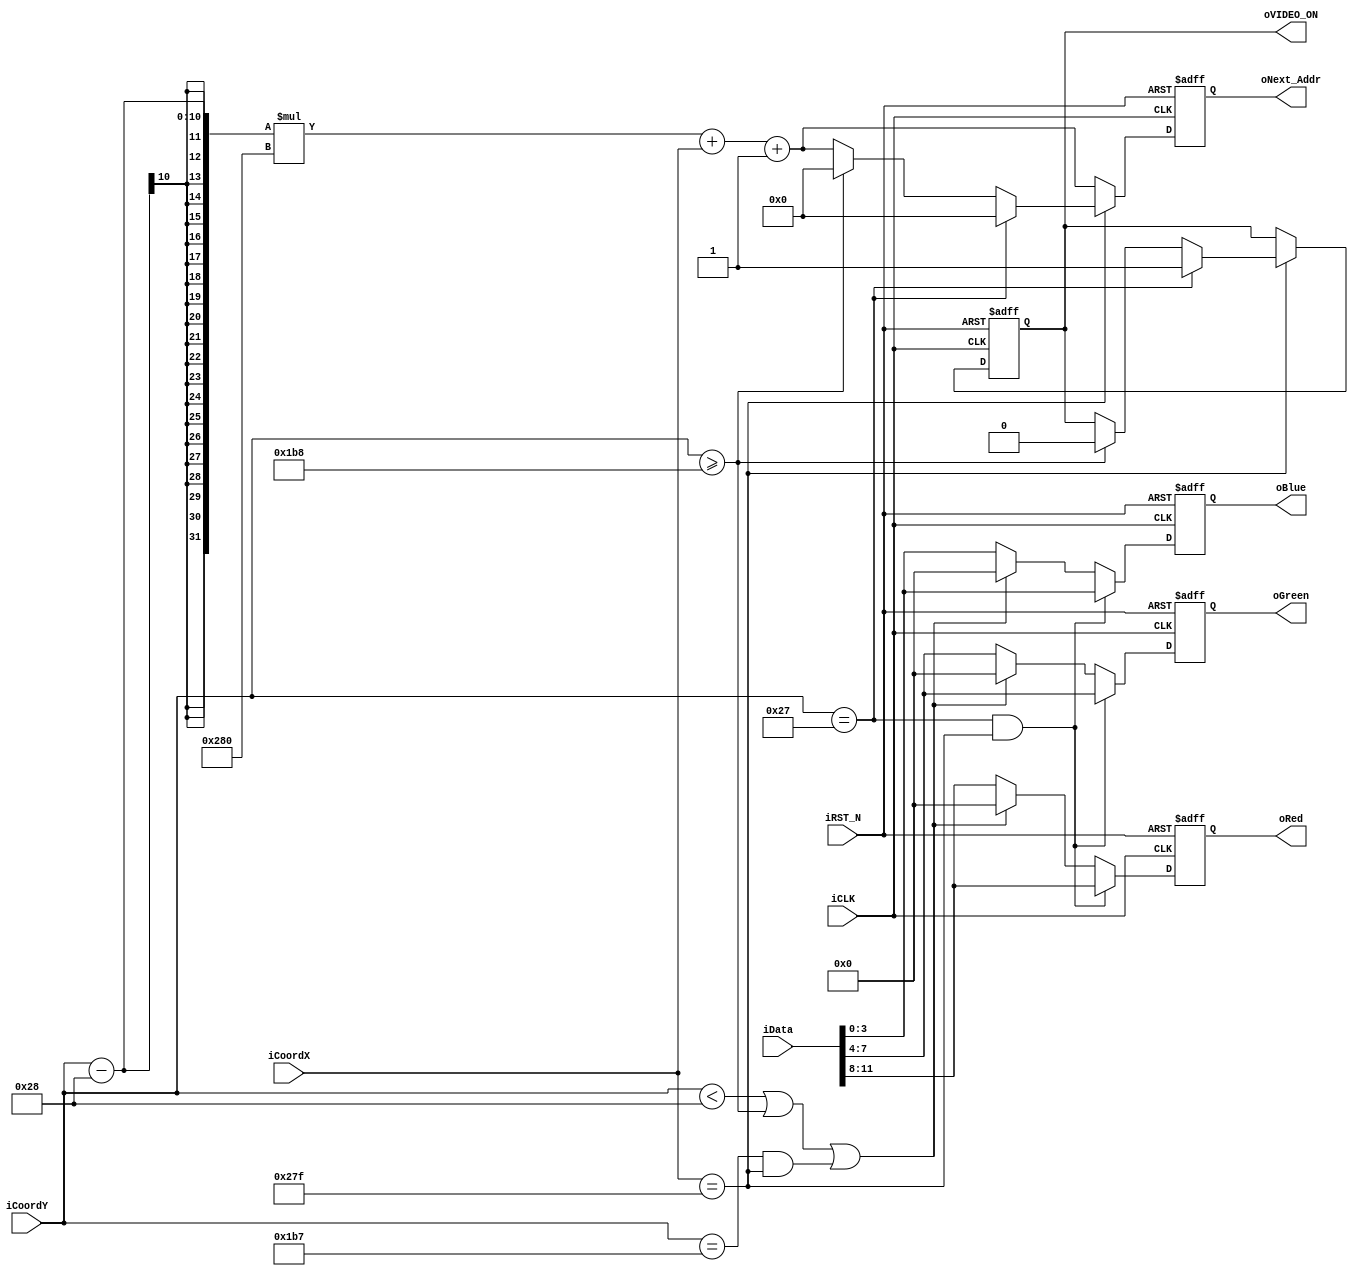
module PixelGen(
	iData,
	iCoordX,
	iCoordY,
	oNext_Addr,
	oRed,
	oGreen,
	oBlue,
	oVIDEO_ON,
	
	iCLK,
	iRST_N,
);


input iCLK;
input iRST_N;
input [15:0] iData;
input [9:0]	iCoordX;
input [9:0]	iCoordY;
output reg [3:0] oRed;
output reg [3:0] oGreen;
output reg [3:0] oBlue;
output reg [17:0] oNext_Addr; 
output reg oVIDEO_ON;



always@(posedge iCLK or negedge iRST_N)
begin
	if(!iRST_N)
	begin
		oNext_Addr <= 0;
		oVIDEO_ON <= 1'b0;
	end
	else
	begin
		if (iCoordX == 639) 
			if (iCoordY == 39)
			begin
				oNext_Addr <= 0;
				oVIDEO_ON <= 1;
			end
			else 
				if (iCoordY >= 440)
				begin
					oNext_Addr <= 0;
					oVIDEO_ON <= 0;
				end
				else
				begin
					oNext_Addr <= (iCoordY-40)*640 + iCoordX + 1;
				end
		else
		begin
			oNext_Addr <= (iCoordY-40)*640 + iCoordX + 1;
		end
	end
end

always@(posedge iCLK or negedge iRST_N)
begin
	if(!iRST_N)
	begin
		oRed <= 0;
		oGreen <= 0;
		oBlue <= 0;
	end
	else
	begin
		if (iCoordY == 39 && iCoordX == 639)
		begin
			oRed <= iData[11:8];
			oGreen <= iData[7:4];
			oBlue <= iData[3:0];
		end
		else
			if (iCoordY < 40 || iCoordY >= 440 || (iCoordY == 439 && iCoordX == 639))
			begin
				oRed <= 0;
				oGreen <= 0;
				oBlue <= 0;
			end
			else
			begin
				oRed <= iData[11:8];
				oGreen <= iData[7:4];
				oBlue <= iData[3:0];
			end
	end
end

endmodule